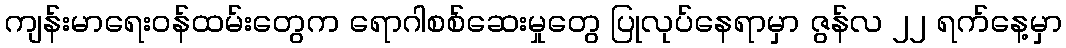
ကျန်းမာရေးဝန်ထမ်းတွေက ရောဂါစစ်ဆေးမှုတွေ ပြုလုပ်နေရာမှာ ဇွန်လ ၂၂ ရက်နေ့မှာ